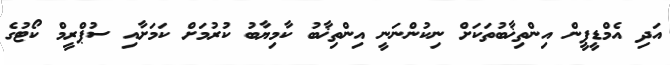
އަދި އެމްޑީޕީން އިންތިޚާބުތަކަށް ނިކުންނަނީ އިންތިޚާބު ކާމިޔާބު ކުރުމަށް ކަމަށާއި ސުޕްރީމް ކޯޓުގެ